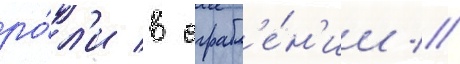
ро́л'и в ограбл'е́н'ии //